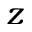
\boldsymbol { z }